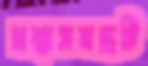
প্রশ্বাসযন্ত্রটি